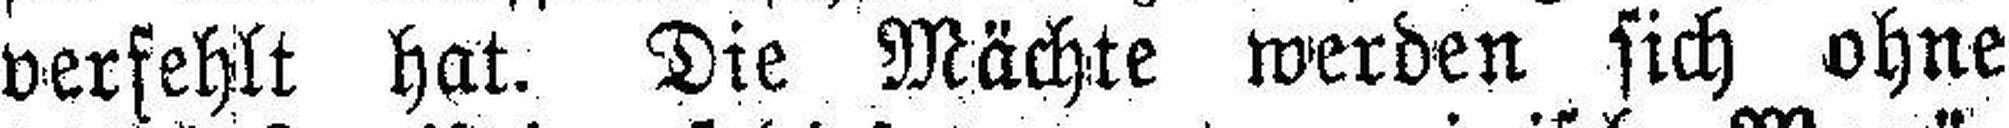
verfehlt hat. Die Mächte werden sich ohne